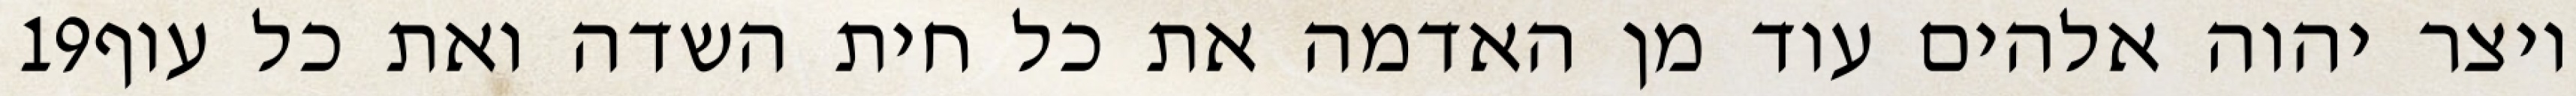
‎19‏ ויצר יהוה אלהים עוד מן האדמה את כל חית השדה ואת כל עוף